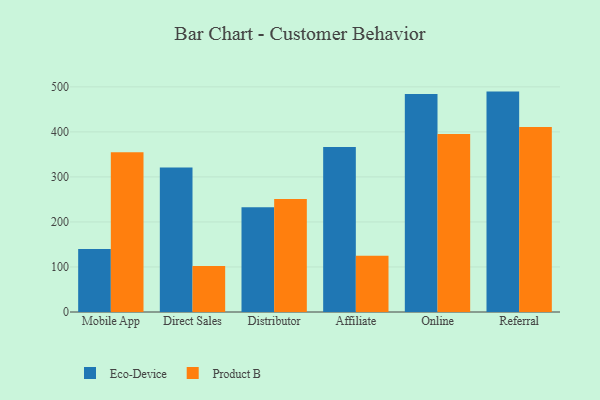
{"axis": {"x": "Channel", "y": "Revenue (USD Million)"}, "legend": ["Eco-Device", "Product B"], "data": [{"x": "Mobile App", "y": 139.9, "type": "Eco-Device"}, {"x": "Mobile App", "y": 354.7, "type": "Product B"}, {"x": "Direct Sales", "y": 320.7, "type": "Eco-Device"}, {"x": "Direct Sales", "y": 102.3, "type": "Product B"}, {"x": "Distributor", "y": 232.9, "type": "Eco-Device"}, {"x": "Distributor", "y": 251.0, "type": "Product B"}, {"x": "Affiliate", "y": 366.4, "type": "Eco-Device"}, {"x": "Affiliate", "y": 125.0, "type": "Product B"}, {"x": "Online", "y": 483.9, "type": "Eco-Device"}, {"x": "Online", "y": 395.5, "type": "Product B"}, {"x": "Referral", "y": 489.5, "type": "Eco-Device"}, {"x": "Referral", "y": 410.9, "type": "Product B"}]}